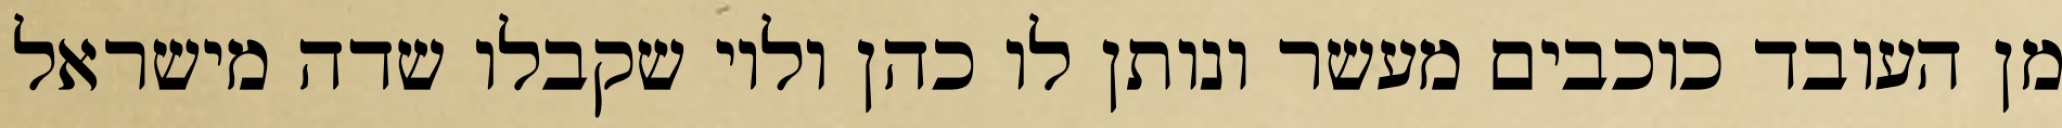
מן העובד כוכבים מעשר ונותן לו כהן ולוי שקבלו שדה מישראל